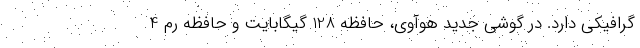
گرافیکی دارد. در گوشی جدید هوآوی، حافظه 128 گیگابایت و حافظه رم 4